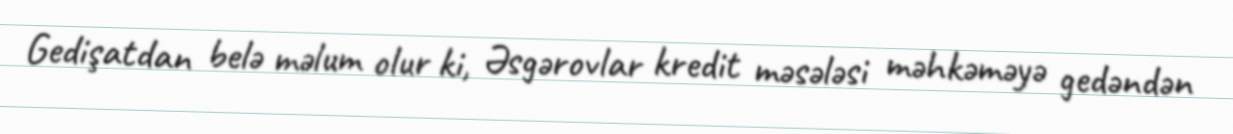
Gedişatdan belə məlum olur ki, Əsgərovlar kredit məsələsi məhkəməyə gedəndən